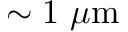
\sim 1 ~ { \mu } \mathrm { m }